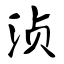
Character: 浈